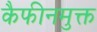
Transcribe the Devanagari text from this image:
कैफीनमुक्त